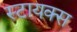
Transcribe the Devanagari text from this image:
स्टायक्स